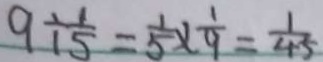
9 \div \frac { 1 } { 5 } = \frac { 1 } { 5 } \times \frac { 1 } { 9 } = \frac { 1 } { 4 5 }